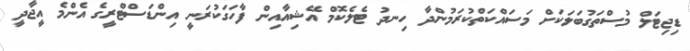
ޑިޖިޓަލް މުސްތަގުބަލަކަށް މަސައްކަތްކުރަމުންދާ ހިނދު ޓެލެކޮމް އޭޝިއާއިން ފާހަގަކުރަނީ އިންޑަސްޓްރީގެ އެންމެ އީޖާދީ